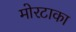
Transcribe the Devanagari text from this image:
मोरटाका